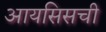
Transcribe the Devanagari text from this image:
आयसिसची